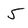
Character: 5